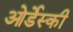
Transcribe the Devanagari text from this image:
ओर्डेस्की